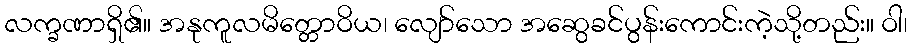
လက္ခဏာရှိ၏။ အနုကူလမိတ္တောဝိယ၊ လျော်သော အဆွေခင်ပွန်းကောင်းကဲ့သို့တည်း။ ဝါ၊